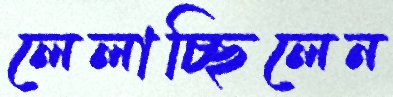
লেলাচ্ছিলেন